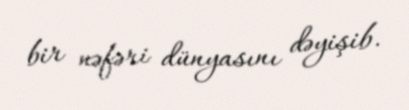
bir nəfəri dünyasını dəyişib.